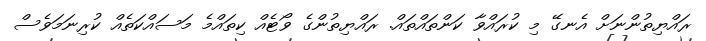
ރައްޔިތުންނަށް އެނގޭ މި ކުރައްވާ ކަންތައްތައް. ރައްޔިތުންގެ ވޯޓެއް ކިތައްމެ މަސައްކަތެއް ކުރިނަމަވެސް